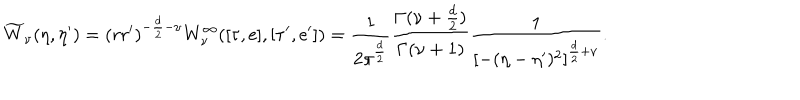
LaTeX: \widetilde { W } _ { \nu } ( \eta , \eta ^ { \prime } ) = ( r r ^ { \prime } ) ^ { - \frac { d } { 2 } - \nu } { W } _ { \nu } ^ { \infty } ( [ \tau , \mathrm { e } ] , [ \tau ^ { \prime } , \mathrm { e } ^ { \prime } ] ) = \frac { 1 } { 2 \pi ^ { \frac { d } { 2 } } } \frac { \Gamma ( \nu + \frac { d } 2 ) } { \Gamma ( \nu + 1 ) } \frac { 1 } { { [ - ( \eta - \eta ^ { \prime } ) ^ { 2 } ] } ^ { \frac { d } { 2 } + \nu } } .